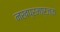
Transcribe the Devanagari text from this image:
नखप्रमार्जक